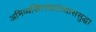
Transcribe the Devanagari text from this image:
अभिव्यक्तिस्वातंत्र्याससुद्धा